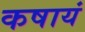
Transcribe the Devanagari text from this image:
कषायं